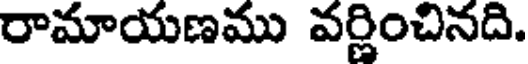
రామాయణము వర్ణించినది.